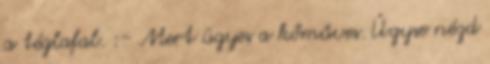
a téglafal. :- Mert ügyes a kőműves. Úgyse nézd